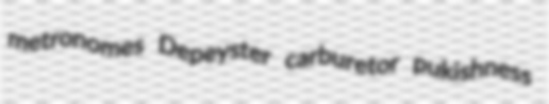
metronomes Depeyster carburetor pukishness